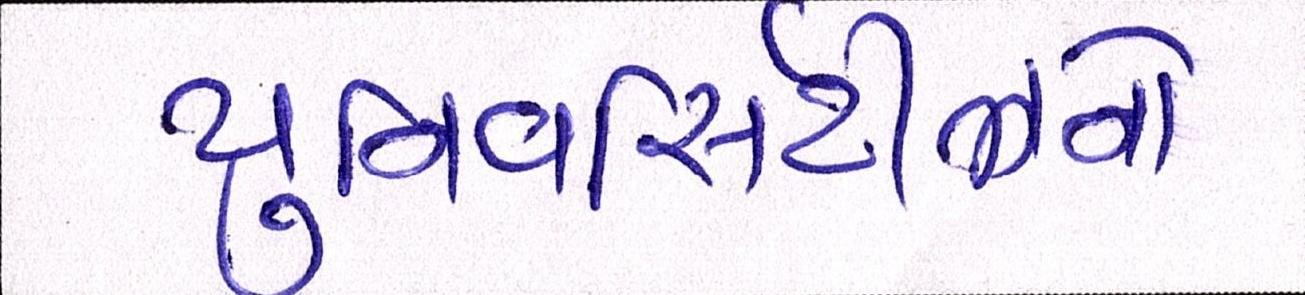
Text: યુનિવર્સિટીઝનો